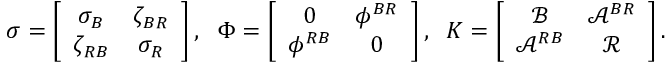
\sigma = \left[ \begin{array} { c c } { \sigma _ { B } } & { \zeta _ { B R } } \\ { \zeta _ { R B } } & { \sigma _ { R } } \end{array} \right] , \; \; \Phi = \left[ \begin{array} { c c c } { 0 } & { \phi ^ { B R } } \\ { \phi ^ { R B } } & { 0 } \end{array} \right] , \; \; { \cal K } = \left[ \begin{array} { c c } { \mathcal { B } } & { \mathcal { A } ^ { B R } } \\ { \mathcal { A } ^ { R B } } & { \mathcal { R } } \end{array} \right] .